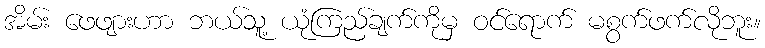
အိမ်း ဖေဖျားဟာ ဘယ်သူ့ ယုံကြည်ချက်ကိုမှ ဝင်ရောက် မစွက်ဖက်လိုဘူး။